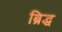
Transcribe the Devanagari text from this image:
ब्रिद्ध